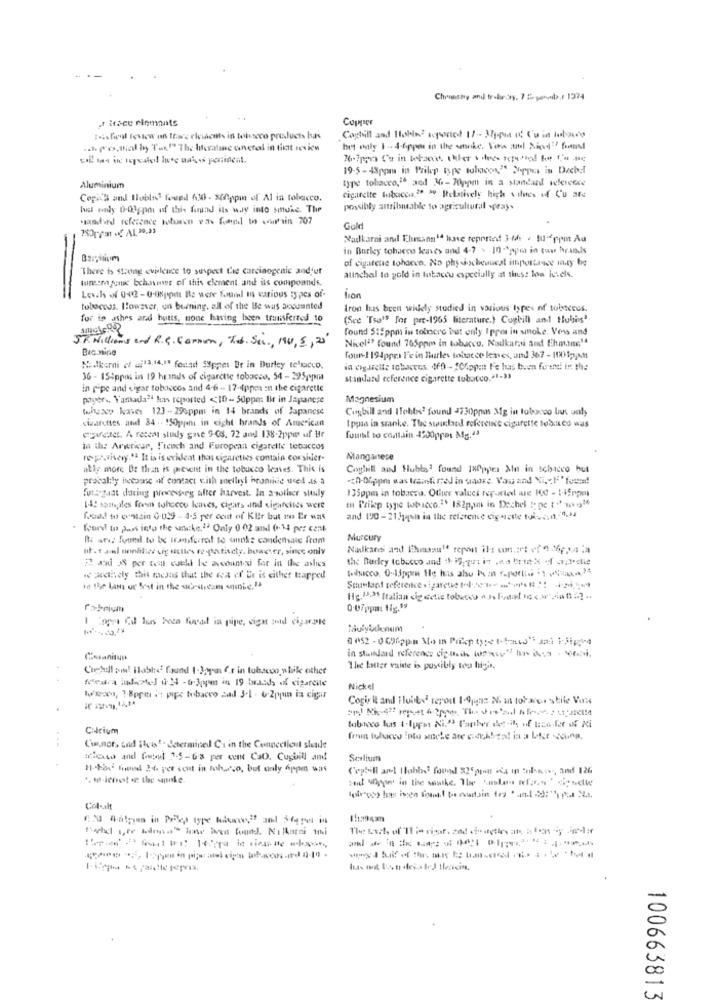
Christy and frabir.dry, 7 2 porb.t 1974
or itace ciemants
Copper
taistul fewkow on Itare clients in toisseco products bas
Coptill and Hobin2 scponed 17- 37ppm at Cu in Intouro
19-5 - 48ppm in Prilep type tobacon," Soppes in Dechel
type tobacco,16 aod 34-70ppm in a standard reference
Aluminium
Copita and Hubls found 63 - xAppin of Al in tobacco.
cigarette tabacca,20 39 Relatively high vilnes of Cu are
Isl only 0.03gpoi of this forund its way into smoke. The
possibly antrilsable to agricultural spray-
Haahd reference toboren ezhe found to sour'sin 707
Gold
Nadkarni and Ehmann14 have reported 3-14 . tu-ppm Au
-
in Barley tobacco leaves and 4-7 > 10 -* gpu in tuu brands
Basisum
of cigarene tohacen. No phy socheaucal importance ity he
There is strong evidence to suspect the carcinogenic andfur
tunon jon bchave of this clement and its compounds.
atinchal to yold in tobacco especially at thess loa levels.
lion
toboccas. However, un burning. all of the Be was accounted
tron has been widely studied in various types of tobecees.
for is ashes and hutts, mone having been trumsierted to
(See 'Tso" for pre-1965 literature.) Cogbill and tlubing2
found $15ppm in tobiscro but only Ippe in smoke. Vers and
57. Williams and R.G. Common, Tob. Sc ., 190, 5, 25'
Nicelª found 765ppm in tobacco. Nadkarni and Ehm.im14
Bic.nine
four! 194ppra l'e in Tharles tobacco lenes, und 367 - 1001p,AM
Nadkarni of aj13,14.18 found Sippet Br in Durley te'ricco.
36 - 15:ppos in 19 hrinds of cigarette tobacco. 54 - 295,
standard reference cigarette tobacco.21-33
in pipe and cigar tobaccos and 4-6 - 17-4ppes in the cigarette
payer, Yamada" has reported <10- 50ppm Bir in Japanese
Magnesium
whyacp kates 123-296ppm in 14 brands of Japanese
Cugbill and Hobbes' found 4730ppm Mg in tobacco but only
sistfettes and 84 .. ! SOppani in eight brands of American
tppas in smoke. The swilaed refereince cigarette looked was
egyretet. A recent study gave 9-08. 72 and 138-2ppes uf Ur
fouit to contain 4500ppet Ag.43
in the Armenicar, French and European cigarette tobaccos
ropa.they." It is is evident thons cigarettes contain consider-
Manganese
atiy more Be than is prevent in the tobucco leaves. This is
Coghill and Hubby' found 180pper Min in schicco but
pracalily inceaune of contact with melleyi hraniide uced is a
fut: gaat dating procesoeg after harvest. In another stuily
135ppm in tobacco. Other valuci reported are 10 - 1.inom
14: samples from theeco leaves, cigars and cigarettes were
tit Prilep type tobacco.2. 182p,im in Dechel tope to' mig"
fonds to crossin 0.049 - 4-5 per cent of KEr bat me Er was
and 190- 21hqwa in the reference vignette tic. 0 4.45
foord! to pass into the sake,2. Only 0 02 and 0.14 per cent
Il an. found to be Wasferrol to unake condensaic from
Murcury
ut .f al mondlier sig etles ro patisety, however, since only
Nulkans and Ihmanul repost il: con .: et efe 2,14 la
R axi & per seat cutll be acount-ai for in the aslies
i actively thi moJas that the wea of Er is either tapped
He. 13." Italian die actie tobesco a s. Fodand in cor /00/2.
0-07ppa: tig.19
1 :ppr Cd las beta ford in pipe, sigar pond ciparate
Cosanitun
in standard reference cip-theih www" har iss . w.
The Latter vainte is possibly too bigit,
Mewca indotel : 24 - 6 3ppm in 19 brands of cigarente
Nickel
lo'san, 1-8ppit is pipe tobacco zad 3.1 - 6-2ppin ia cigar
Cogirit and Fluits' repost 1-9 gaz Man tobacco stile Vous
Calcium
tobacco has t-lppn Ni." Panber det-ah, of ben-fer of Ki
from wybory ne woche are edilen is a like una.
Cinct, Lad iteest- determined Ci in the Connecticut shade
schout and freut 1.5-68 per cent CaO. Cosbill and
Seslium
11 -ti found 2% per sout in tohoco, but only Appen was
Col-alt
100663813